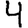
Digit: 4